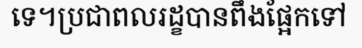
ទេ។ប្រជាពលរដ្ខបានពឹងផ្អែកទៅ